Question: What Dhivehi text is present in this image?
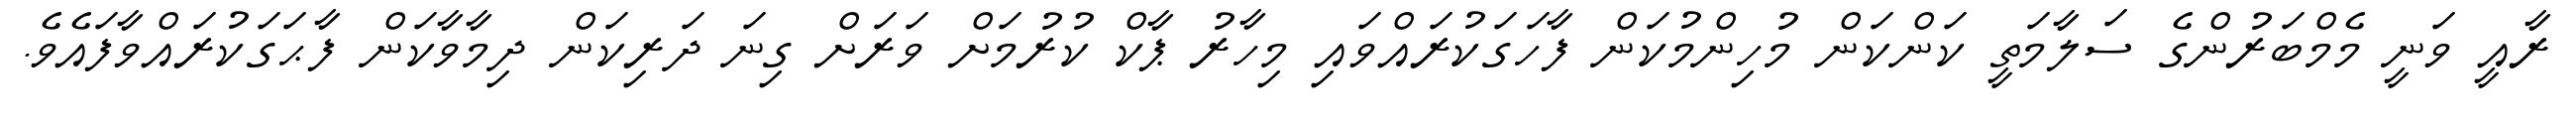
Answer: ރާއީ ވަނީ މެމްބަރުންގެ ސަލާމަތީ ކަންކަން މުހިންމުކަން ފާހަގަކުރައްވައި މިހާރު ޕާކް ކުރުމަށް ވަރަށް ގިނަ ދަރިކަން ދިމާވާކަން ފާޙަގަކުރައްވާފައެވެ.